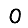
Digit: 0